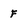
Character: f